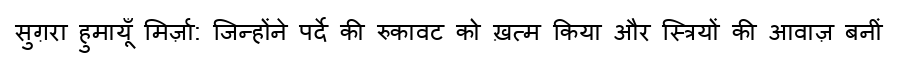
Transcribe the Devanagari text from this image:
सुग़रा हुमायूँ मिर्ज़ा: जिन्होंने पर्दे की रुकावट को ख़त्म किया और स्त्रियों की आवाज़ बनीं